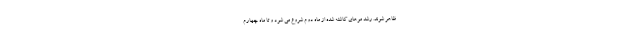
ظاهر شوند. رشد موهای کاشته شده از ماه دوم شروع می شود و تا ماه چهارم